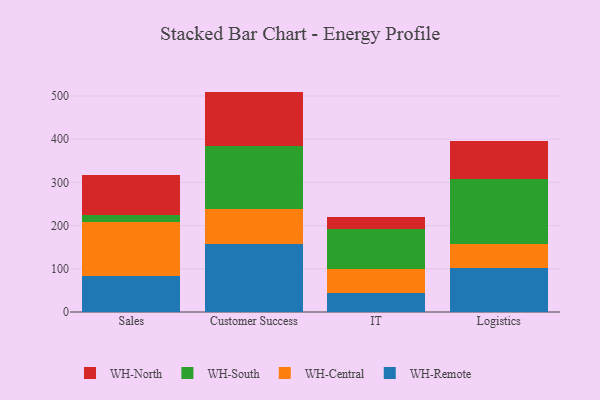
{"axis": {"x": "Department", "y": "Production Output"}, "legend": ["WH-Central", "WH-North", "WH-Remote", "WH-South"], "data": [{"x": "Sales", "y": 84.1, "type": "WH-Remote"}, {"x": "Sales", "y": 124.7, "type": "WH-Central"}, {"x": "Sales", "y": 15.7, "type": "WH-South"}, {"x": "Sales", "y": 93.1, "type": "WH-North"}, {"x": "Customer Success", "y": 158.2, "type": "WH-Remote"}, {"x": "Customer Success", "y": 80.9, "type": "WH-Central"}, {"x": "Customer Success", "y": 145.7, "type": "WH-South"}, {"x": "Customer Success", "y": 125.3, "type": "WH-North"}, {"x": "IT", "y": 44.1, "type": "WH-Remote"}, {"x": "IT", "y": 55.6, "type": "WH-Central"}, {"x": "IT", "y": 92.0, "type": "WH-South"}, {"x": "IT", "y": 29.1, "type": "WH-North"}, {"x": "Logistics", "y": 102.5, "type": "WH-Remote"}, {"x": "Logistics", "y": 54.4, "type": "WH-Central"}, {"x": "Logistics", "y": 150.6, "type": "WH-South"}, {"x": "Logistics", "y": 88.9, "type": "WH-North"}]}